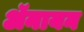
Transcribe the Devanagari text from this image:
ॲनायन